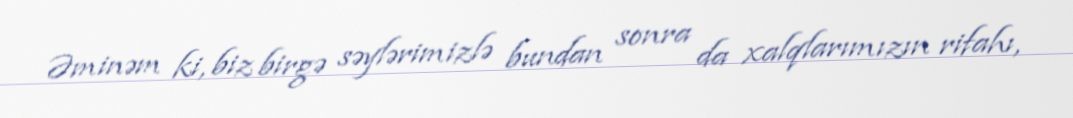
Əminəm ki, biz birgə səylərimizlə bundan sonra da xalqlarımızın rifahı,